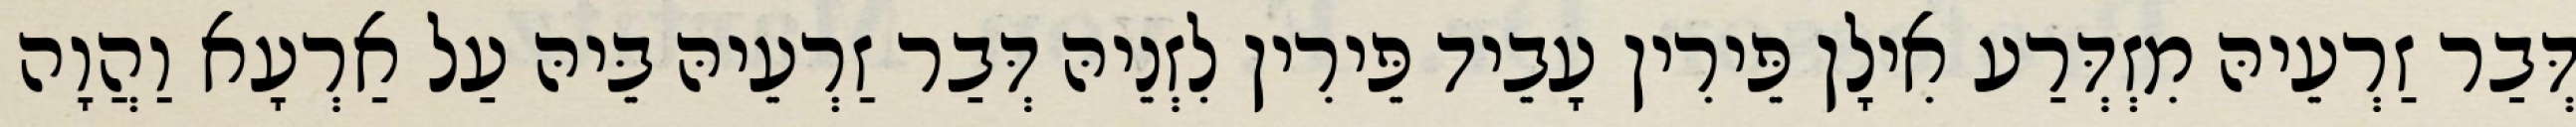
דְּבַר זַרְעֵיהּ מִזְדְּרַע אִילָן פֵּירִין עָבֵיד פֵּירִין לִזְנֵיהּ דְּבַר זַרְעֵיהּ בֵּיהּ עַל אַרְעָא וַהֲוָה